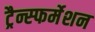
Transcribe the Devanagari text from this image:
ट्रैन्स्फर्मेशन